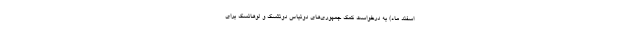
اسفند ماه) به درخواست کمک جمهوری‌های دونباس دونتسک و لوهانسک برای